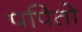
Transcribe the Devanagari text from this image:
पपितो